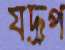
যদ্রূপ